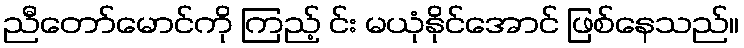
ညီတော်မောင်ကို ကြည့် င်း မယုံနိုင်အောင် ဖြစ်နေသည်။